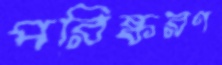
পরিষ্করণ